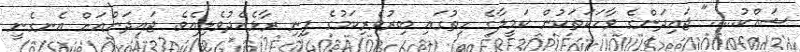
ޝައްކު....." ޖައިދަންގެ ވާހަކަތަކުން ކަމީލާގެ ހިތުގައި ބިރުވެރިކަމުގެ ފިނި ރާޅެއްދުވެލިއެވެ. ޖައިދަންއަށް އެނގެނީ